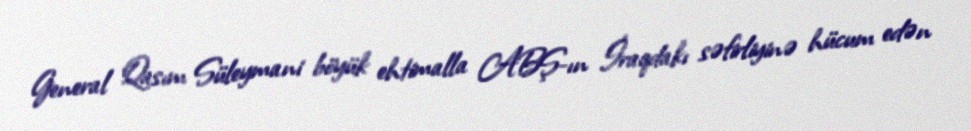
General Qasım Süleymani böyük ehtimalla ABŞ-ın İraqdakı səfirliyinə hücum edən